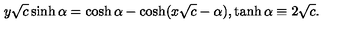
y \sqrt { c } \sinh \alpha = \cosh \alpha - \cosh ( x \sqrt { c } - \alpha ) , \tanh \alpha \equiv 2 \sqrt { c } .